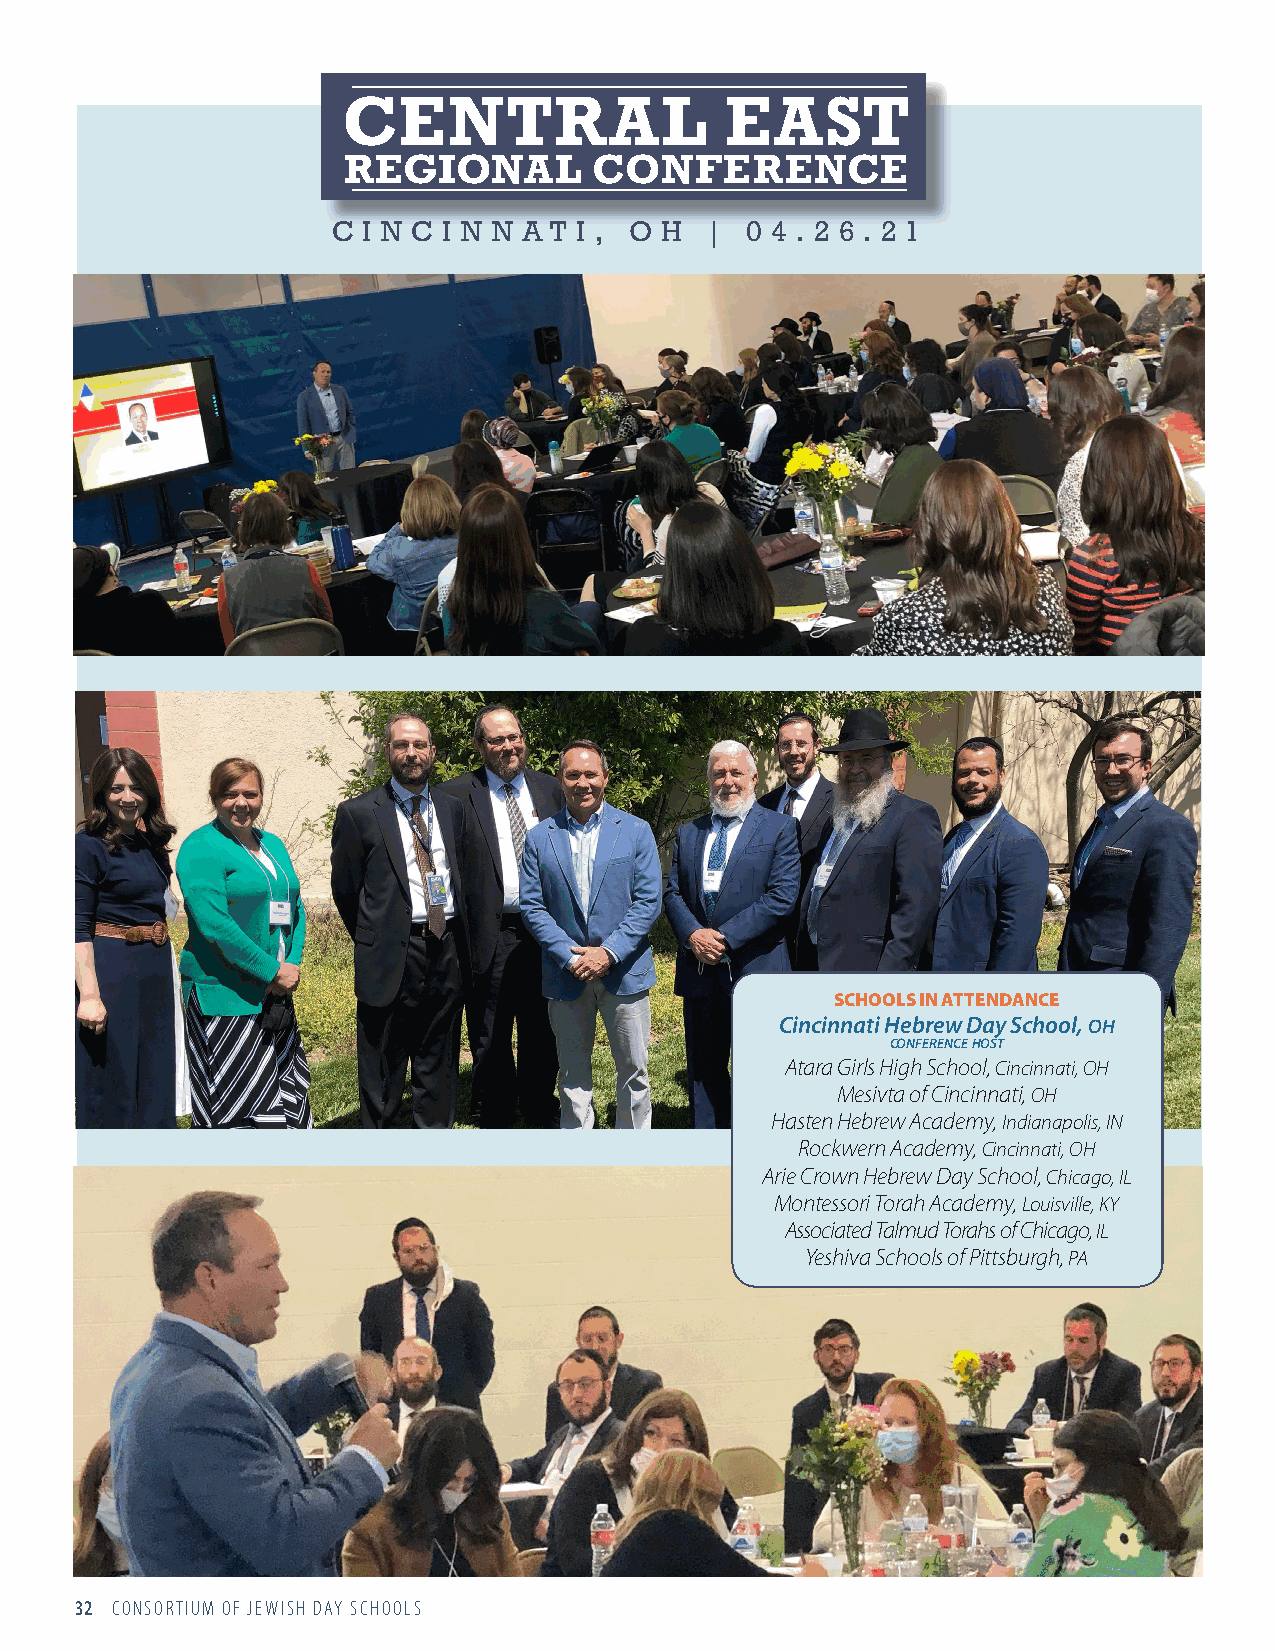
CENTRAL                  EAST
 REGIONAL        CONFERENCE
 C I N C I N N A T I , O H | 0 4 . 2 6 . 2 1
 SCHOOLS IN ATTENDANCE
 Cincinnati Hebrew Day School, OH
 conference host
 Atara Girls High School, Cincinnati, OH
 Mesivta of Cincinnati, OH
 Hasten Hebrew Academy, Indianapolis, IN
 Rockwern Academy, Cincinnati, OH
 Arie Crown Hebrew Day School, Chicago, IL
 Montessori Torah Academy, Louisville, KY
 Associated Talmud Torahs of Chicago, IL
 Yeshiva Schools of Pittsburgh, PA
 32 CONSORTIUM OF JEWISH DAY SCHOOLS